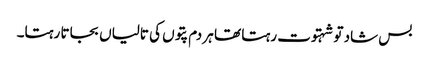
بس شاد تو شہتوت رہتا تھا ہر دم پتوں کی تالیاں بجاتا رہتا۔